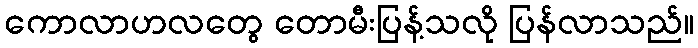
ကောလာဟလတွေ တောမီးပြန့်သလို ပြန်လာသည်။